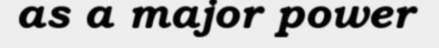
as a major power